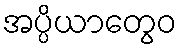
အပ္ပိယာတွေဝ